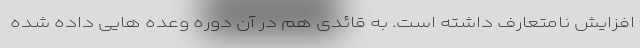
افزایش نامتعارف داشته است. به قائدی هم در آن دوره وعده هایی داده شده